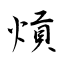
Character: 熕